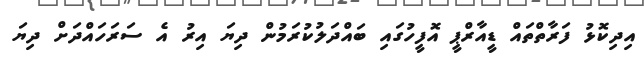
އިދިކޮޅު ފަރާތްތައް ޑީއާރްޕީ އޮފީހުގައި ބައްދަލުކުރަމުން ދިޔަ އިރު އެ ސަރަހައްދަށް ދިޔަ